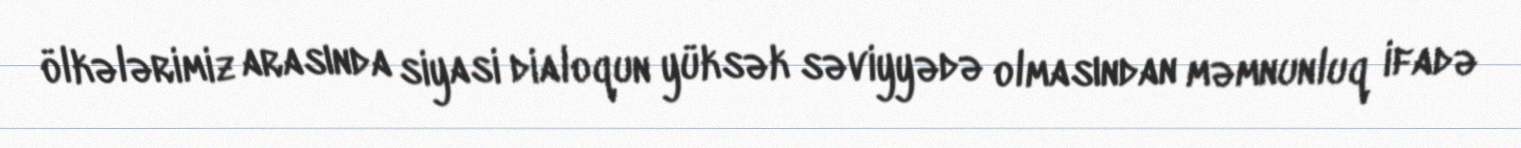
ölkələrimiz arasında siyasi dialoqun yüksək səviyyədə olmasından məmnunluq ifadə